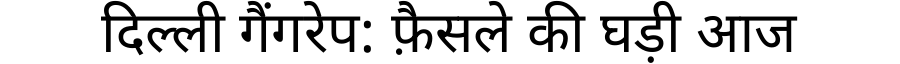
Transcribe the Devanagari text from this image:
दिल्ली गैंगरेप: फ़ैसले की घड़ी आज